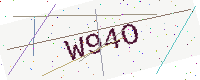
Text: W94O